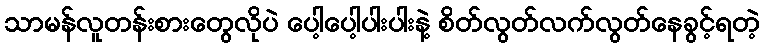
သာမန်လူတန်းစားတွေလိုပဲ ပေါ့ပေါ့ပါးပါးနဲ့ စိတ်လွတ်လက်လွတ်နေခွင့်ရတဲ့